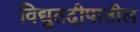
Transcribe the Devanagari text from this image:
विद्युतदीपातील